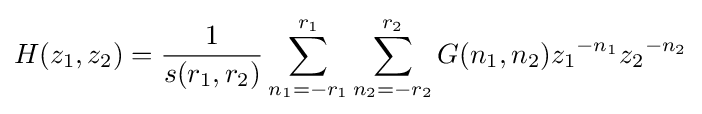
H(z_{1},z_{2})={\frac {1}{s(r_{1},r_{2})}}\sum _{n_{1}=-r_{1}}^{r_{1}}\sum _{n_{2}=-r_{2}}^{r_{2}}G(n_{1},n_{2}){z_{1}}^{-n_{1}}{z_{2}}^{-n_{2}}